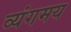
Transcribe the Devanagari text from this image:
व्यंगमय